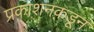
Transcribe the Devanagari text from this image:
प्रकाशनकडून